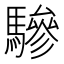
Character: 驂